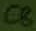
Text: C8